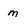
Character: m